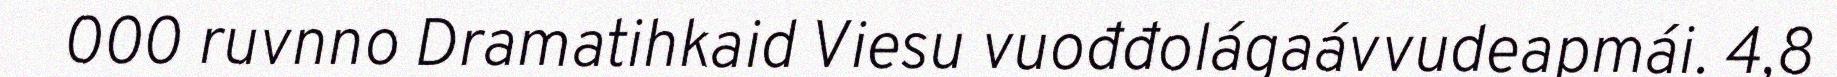
000 ruvnno Dramatihkaid Viesu vuođđolágaávvudeapmái. 4,8